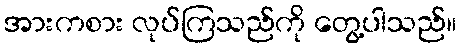
အားကစား လုပ်ကြသည်ကို တွေ့ပါသည်။